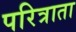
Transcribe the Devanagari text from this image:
परित्राता